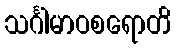
သင်္ဂါမာဝစရောတိ